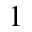
^ 1